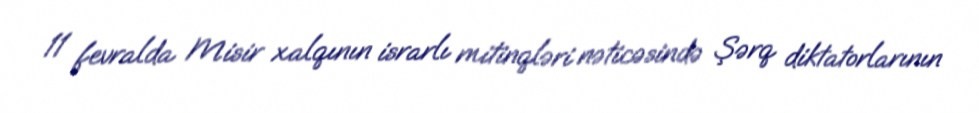
11 fevralda Misir xalqının israrlı mitinqləri nəticəsində Şərq diktatorlarının